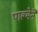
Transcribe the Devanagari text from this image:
पाल्मेने